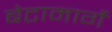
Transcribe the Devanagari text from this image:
बेटामार्गे